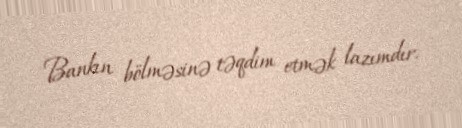
Bankın bölməsinə təqdim etmək lazımdır.